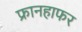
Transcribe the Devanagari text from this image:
फ्रानहाफर